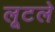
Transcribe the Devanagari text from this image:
लूटले